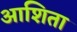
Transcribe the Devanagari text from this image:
आशिता